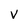
Character: v